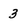
Character: 3